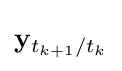
\mathbf {y} _{t_{k+1}/t_{k}}